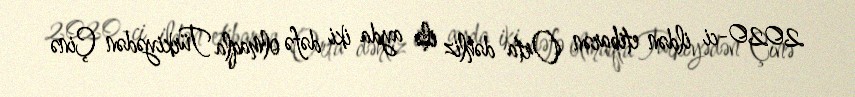
2020-ci ildən etibarən Orta dəhliz ilə ayda iki dəfə olmaqla Türkiyədən Çinə